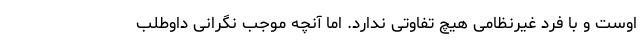
اوست و با فرد غیرنظامی هیچ تفاوتی ندارد. اما آنچه موجب نگرانی داوطلب